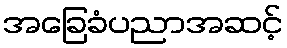
အခြေခံပညာအဆင့်